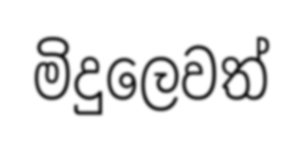
මිදුලෙවත්